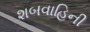
શબવાહિની